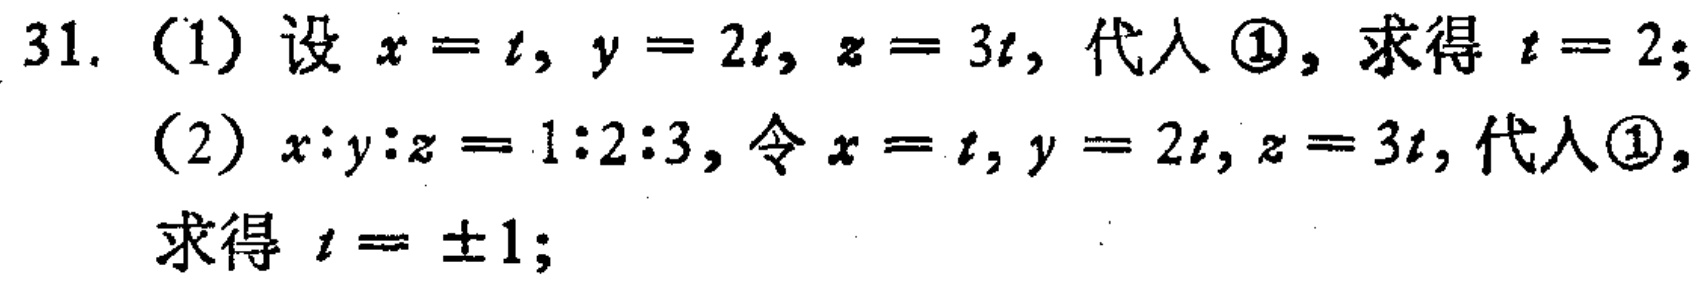
31. (1) 设 \(x = t\), \(y = 2t\), \(z = 3t\), 代入 \(\textcircled{1}\), 求得 \(t = 2\);
(2) \(x:y:z = 1:2:3\), 令 \(x = t\), \(y = 2t\), \(z = 3t\), 代入 \(\textcircled{1}\), 求得 \(t = \pm1\);